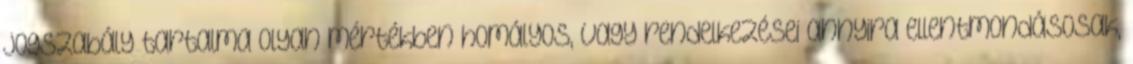
jogszabály tartalma olyan mértékben homályos, vagy rendelkezései annyira ellentmondásosak,